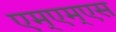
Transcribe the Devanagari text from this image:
एम्एम्एस